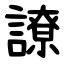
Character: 䜍